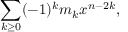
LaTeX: \sum _ { k \geq 0 } ( - 1 ) ^ { k } m _ { k } x ^ { n - 2 k } ,